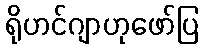
ရိုဟင်ဂျာဟုဖော်ပြ